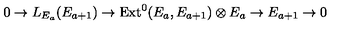
0 \rightarrow L _ { E _ { a } } ( E _ { a + 1 } ) \rightarrow \mathrm { E x t } ^ { 0 } ( E _ { a } , E _ { a + 1 } ) \otimes E _ { a } \rightarrow E _ { a + 1 } \rightarrow 0